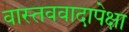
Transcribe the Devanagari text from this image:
वास्तववादापेक्षा